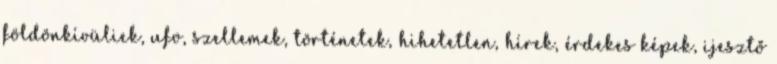
földönkívüliek, ufo, szellemek, történetek, hihetetlen, hírek, érdekes képek, ijesztő